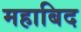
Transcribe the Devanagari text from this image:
महाबिद